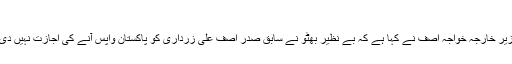
فوٹو/ بشکریہ ریڈیو پاکستان
اسلام آباد: نجی ٹی وی کے پروگرام میں گفتگو کرتے ہوئے سابق وزیر خارجہ خواجہ آصف نے کہا ہے کہ بے نظیر بھٹو نے سابق صدر آصف علی زرداری کو پاکستان واپس آنے کی اجازت نہیں دی تھی جس پر انہوں نے مجھ سے اور نواز شریف سے مدد طلب کی۔